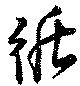
循